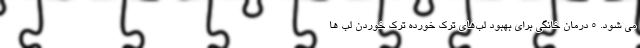
می شود. 5 درمان خانگی برای بهبود لب‌های ترک خورده ترک خوردن لب ها